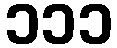
၁၁၁